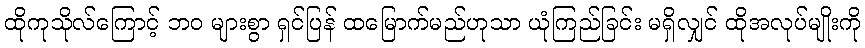
ထိုကုသိုလ်ကြောင့် ဘဝ များစွာ ရှင်ပြန် ထမြောက်မည်ဟုသာ ယုံကြည်ခြင်း မရှိလျှင် ထိုအလုပ်မျိုးကို